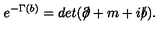
e ^ { - \Gamma ( b ) } = d e t ( \partial \! \! \! / + m + i b \! \! \! / ) .